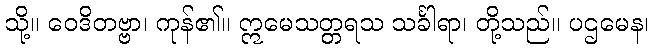
သို့။ ဝေဒိတဗ္ဗာ၊ ကုန်၏။ ဣမေသတ္တရသ သင်္ခါရာ၊ တို့သည်။ ပဌမေန၊